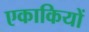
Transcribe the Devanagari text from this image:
एकाकियों